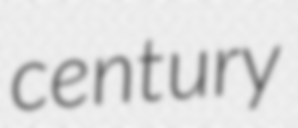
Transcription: century